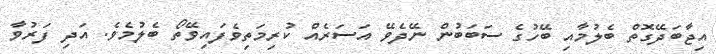
އިޖާބަދޭގޮތް ބެލުމާއި ބޭހުގެ ސަބަބުން ނޭދެވޭ އަސަރެއް ކުރިމަތިވެފައިވޭތޯ ބެލުމެވެ. އަދި ފަރުވާ